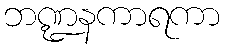
ဘဏ္ဍနကာရကာ